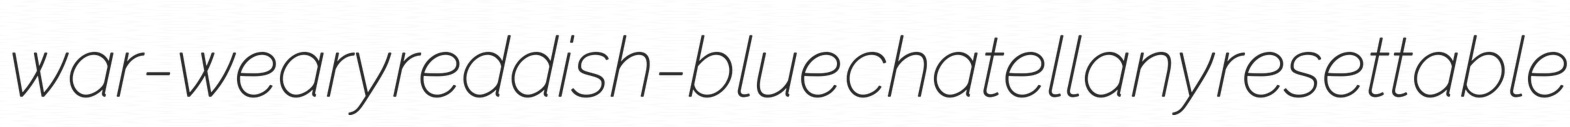
war-weary reddish-blue chatellany resettable